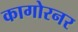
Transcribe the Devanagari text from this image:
कागोरनर